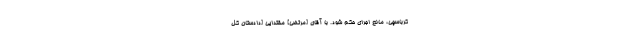
كرباسچى، مانع اجراى حكم شود. با آقاى [مرتضی] مقتدایى [دادستان کل